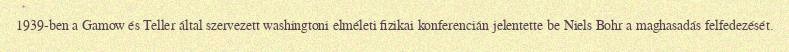
1939-ben a Gamow és Teller által szervezett washingtoni elméleti fizikai konferencián jelentette be Niels Bohr a maghasadás felfedezését.